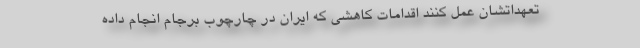
تعهداتشان عمل کنند اقدامات کاهشی که ایران در چارچوب برجام انجام داده